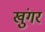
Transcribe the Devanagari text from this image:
खुंगर